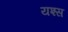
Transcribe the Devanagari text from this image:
यश्स